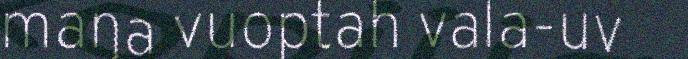
maŋa vuoptah vala-uv